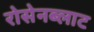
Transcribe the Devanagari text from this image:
रोसेनब्लाट